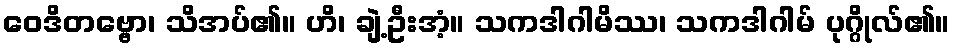
ဝေဒိတဗ္ဗော၊ သိအပ်၏။ ဟိ၊ ချဲ့ဦးအံ့။ သကဒါဂါမိဿ၊ သကဒါဂါမ် ပုဂ္ဂိုလ်၏။